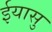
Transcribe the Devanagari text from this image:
ईयासु